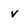
Character: V